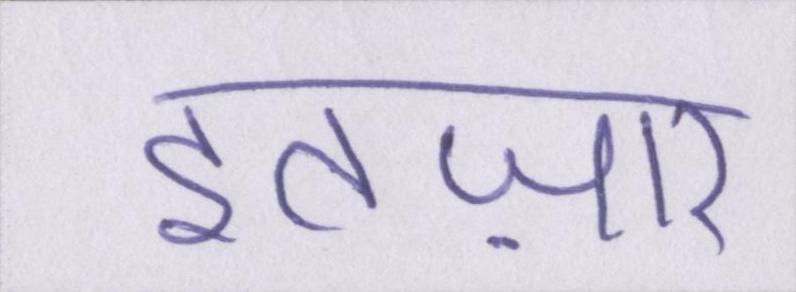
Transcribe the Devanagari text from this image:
इंतज़ार